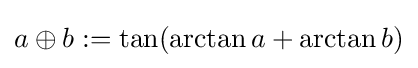
a\oplus b\mathrel {:=} \tan(\arctan a+\arctan b)